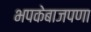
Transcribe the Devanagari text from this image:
भपकेबाजपणा